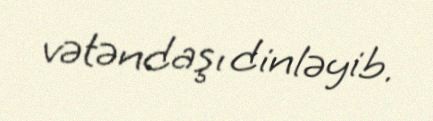
vətəndaşı dinləyib.